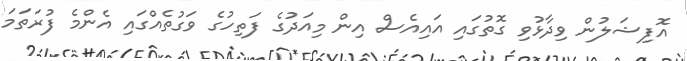
އޮފިޝަލުން ވިދާޅުވި ގޮތުގައި އައިއެސް އިން މިއަދުގެ ފަތިހުގެ ވަގުތެއްގައި އެންމެ ފުރަތަމަ